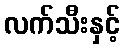
လက်သီးနှင့်